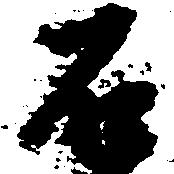
石